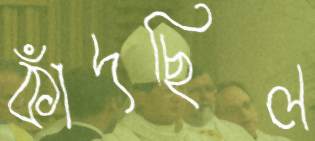
কাঁদছিল